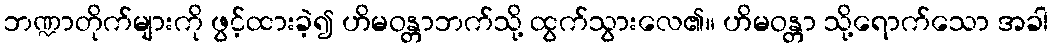
ဘဏ္ဍာတိုက်များကို ဖွင့်ထားခဲ့၍ ဟိမဝန္တာဘက်သို့ ထွက်သွားလေ၏။ ဟိမဝန္တာ သို့ရောက်သော အခါ